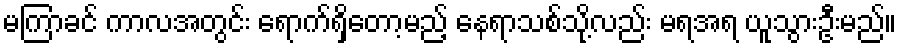
မကြာခင် ကာလအတွင်း ရောက်ရှိတော့မည့် နေရာသစ်သို့လည်း မရအရ ယူသွားဦးမည်။